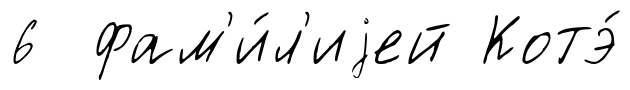
6 фам'и́л'иjей Котэ́